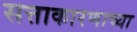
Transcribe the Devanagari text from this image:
सत्ताकारणाच्या